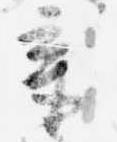
章